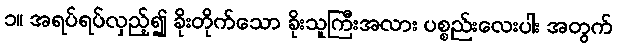
၁။ အရပ်ရပ်လှည့်၍ ခိုးတိုက်သော ခိုးသူကြီးအလား ပစ္စည်းလေးပါး အတွက်